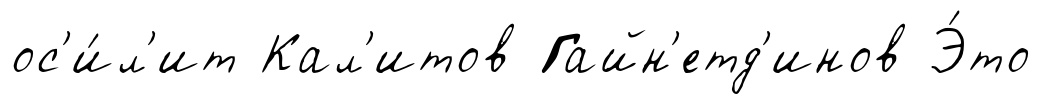
ос'и́л'ит Кал'итов Гайн'етд'инов Э́то